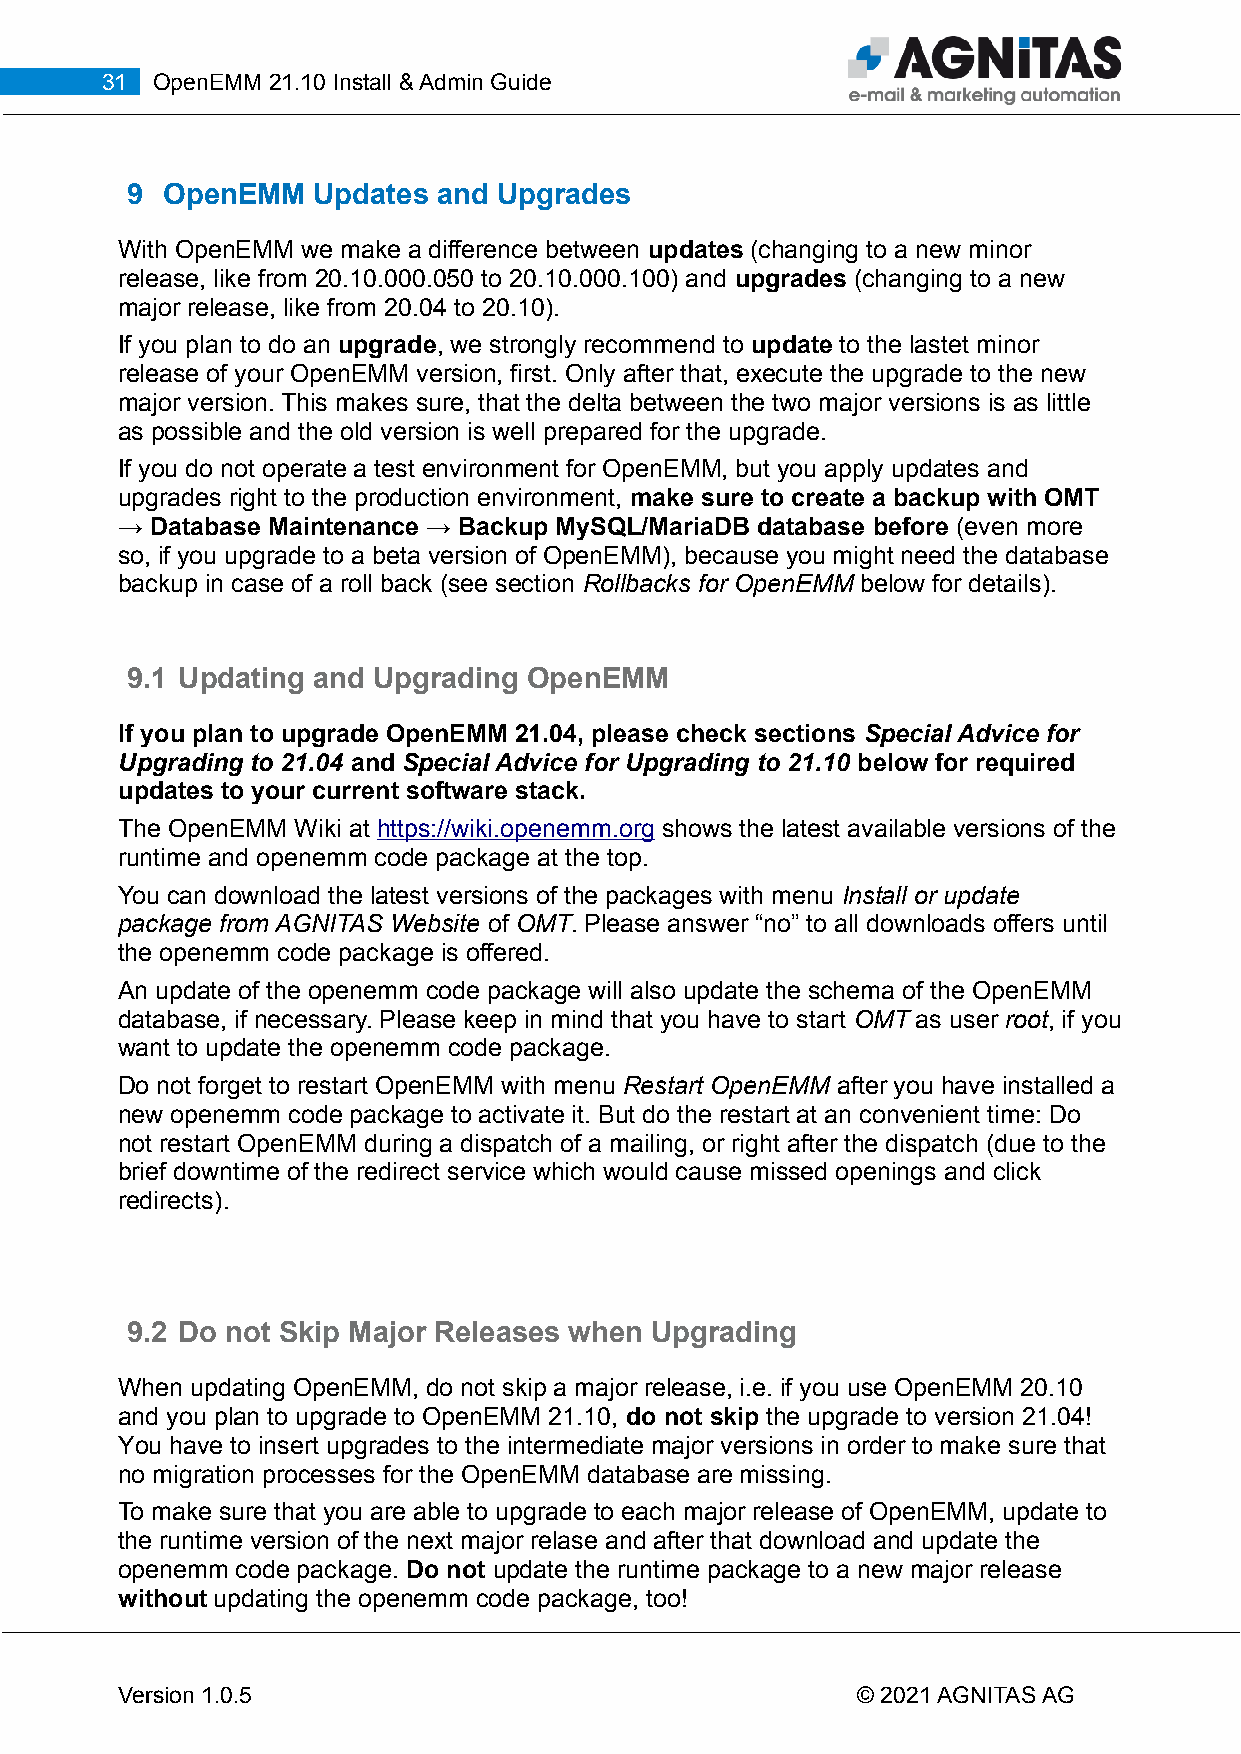
31 OpenEMM 21.10 Install & Admin Guide
 9  OpenEMM   Updates and Upgrades
 With OpenEMM we make a difference between updates (changing to a new minor
 release, like from 20.10.000.050 to 20.10.000.100) and upgrades (changing to a new
 major release, like from 20.04 to 20.10).
 If you plan to do an upgrade, we strongly recommend to update to the lastet minor
 release of your OpenEMM version, first. Only after that, execute the upgrade to the new
 major version. This makes sure, that the delta between the two major versions is as little
 as possible and the old version is well prepared for the upgrade.
 If you do not operate a test environment for OpenEMM, but you apply updates and
 upgrades right to the production environment, make sure to create a backup with OMT
 → Database Maintenance → Backup MySQL/MariaDB database before (even more
 so, if you upgrade to a beta version of OpenEMM), because you might need the database
 backup in case of a roll back (see section Rollbacks for OpenEMM below for details).
 9.1 Updating and Upgrading OpenEMM
 If you plan to upgrade OpenEMM 21.04, please check sections Special Advice for
 Upgrading to 21.04 and Special Advice for Upgrading to 21.10 below for required
 updates to your current software stack.
 The OpenEMM Wiki at https://wiki.openemm.org shows the latest available versions of the
 runtime and openemm code package at the top.
 You can download the latest versions of the packages with menu Install or update
 package from AGNITAS Website of OMT. Please answer “no” to all downloads offers until
 the openemm code package is offered.
 An update of the openemm code package will also update the schema of the OpenEMM
 database, if necessary. Please keep in mind that you have to start OMT as user root, if you
 want to update the openemm code package.
 Do not forget to restart OpenEMM with menu Restart OpenEMM after you have installed a
 new openemm code package to activate it. But do the restart at an convenient time: Do
 not restart OpenEMM during a dispatch of a mailing, or right after the dispatch (due to the
 brief downtime of the redirect service which would cause missed openings and click
 redirects).
 9.2 Do not Skip Major Releases when Upgrading
 When updating OpenEMM, do not skip a major release, i.e. if you use OpenEMM 20.10
 and you plan to upgrade to OpenEMM 21.10, do not skip the upgrade to version 21.04!
 You have to insert upgrades to the intermediate major versions in order to make sure that
 no migration processes for the OpenEMM database are missing.
 To make sure that you are able to upgrade to each major release of OpenEMM, update to
 the runtime version of the next major relase and after that download and update the
 openemm code package. Do not update the runtime package to a new major release
 without updating the openemm code package, too!
 Version 1.0.5                                    © 2021 AGNITAS AG